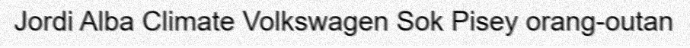
Jordi Alba Climate Volkswagen Sok Pisey orang-outan